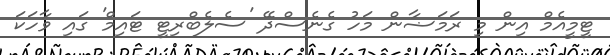
ޓީމީއެމް އިން މި ރަމަޟާން މަހު ގެނެސްދޭ 'ސެލެބްރިޓީ ޓައިމް' ގައި ވާހަކަ